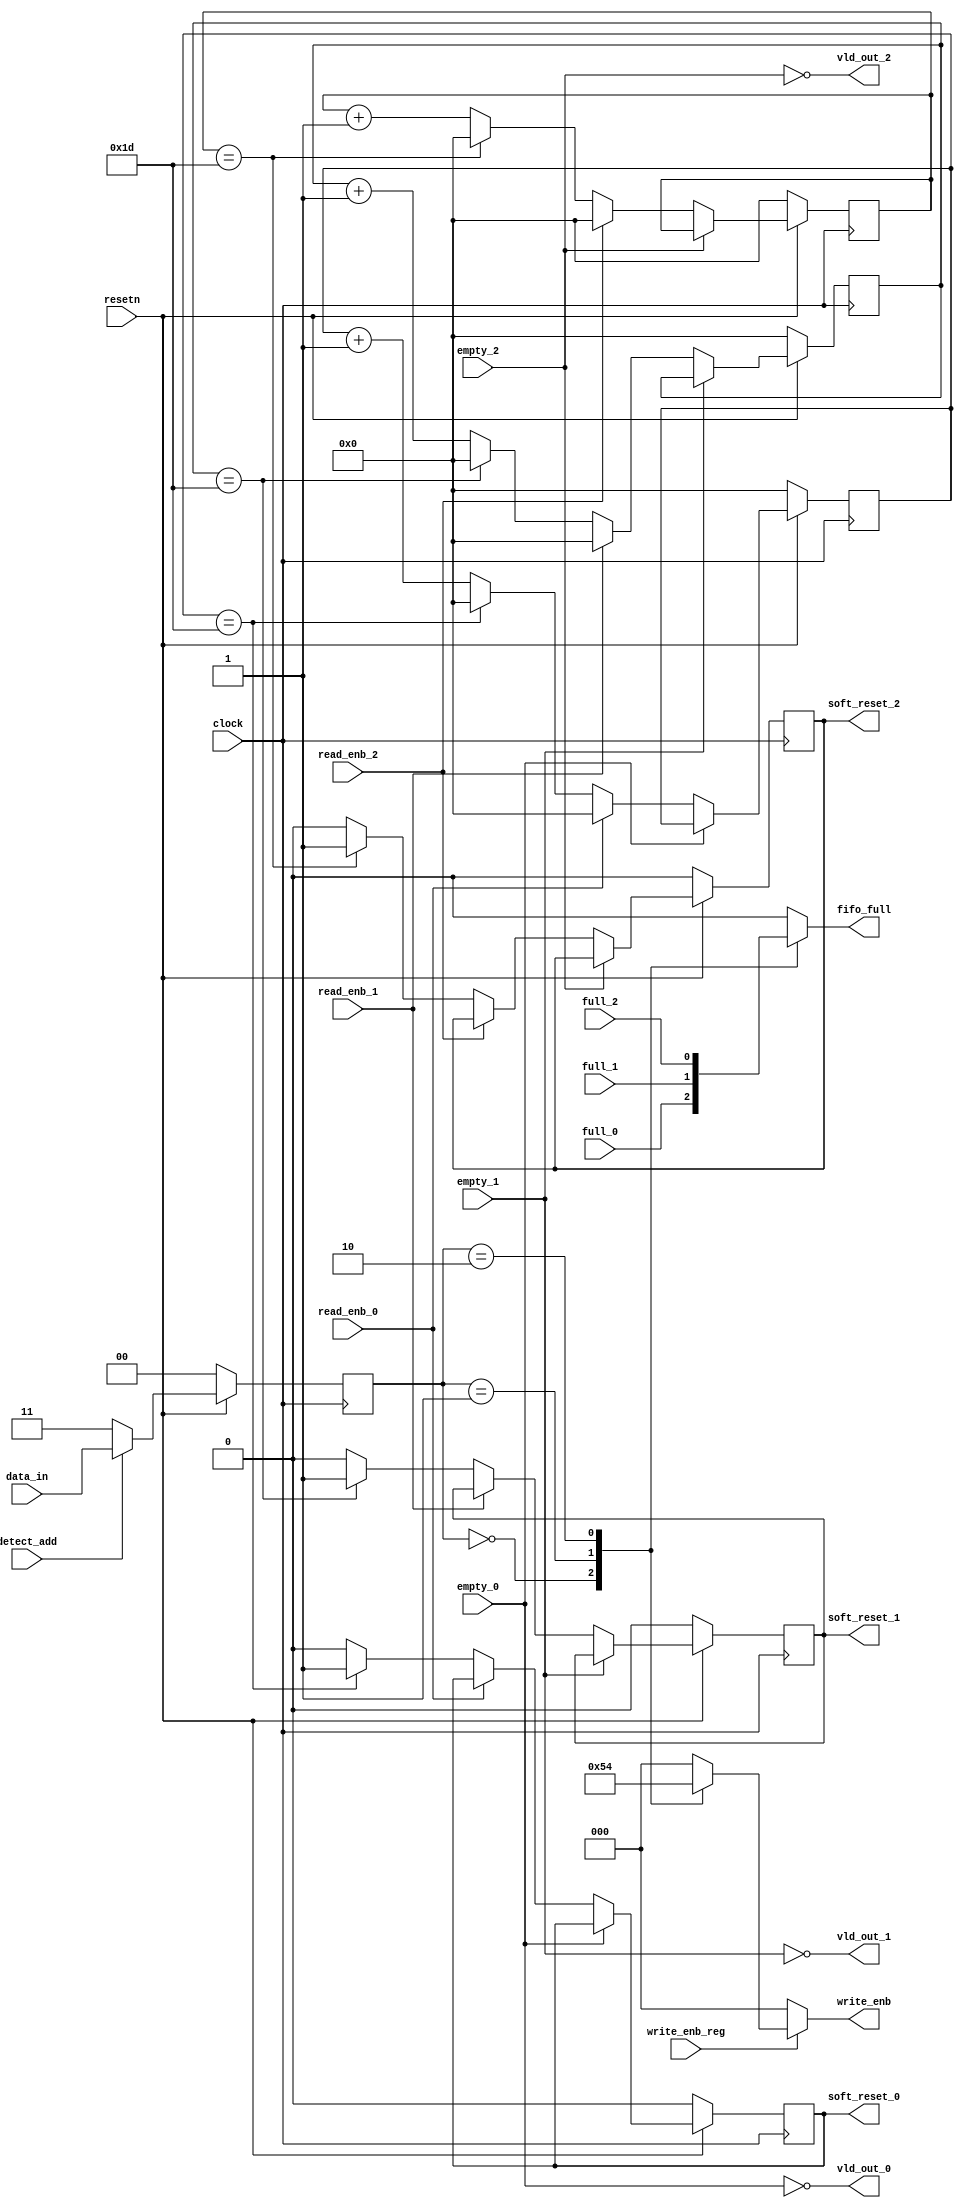
module router_sync(clock,resetn,data_in,detect_add,full_0,full_1,full_2,empty_0,empty_1,empty_2,write_enb_reg,read_enb_0,read_enb_1,read_enb_2,write_enb,fifo_full,vld_out_0,vld_out_1,vld_out_2,soft_reset_0,soft_reset_1,soft_reset_2);

input clock,resetn,detect_add,full_0,full_1,full_2,empty_0,empty_1,empty_2,write_enb_reg,read_enb_0,read_enb_1,read_enb_2;
input [1:0]data_in;
output reg[2:0]write_enb;
output reg fifo_full,soft_reset_0,soft_reset_1,soft_reset_2;
output vld_out_0,vld_out_1,vld_out_2;
reg [1:0] data_in_tmp;
reg[4:0]count0,count1,count2;

always@(posedge clock)
begin
if(~resetn)
data_in_tmp<= 2'b00;
else if(detect_add)
data_in_tmp<=data_in;
else
data_in_tmp <= 2'b11;
end

// write enable logic
always@(*)
begin
write_enb = 3'b000;
if(write_enb_reg)
begin
case(data_in_tmp)
2'b00: write_enb<=3'b001;
2'b01: write_enb<=3'b010;
2'b10: write_enb<=3'b100;
default: write_enb <=3'b000;
endcase
end
end

//-----------------------------------Valid Byte block----------------------------------

assign vld_out_0 = (~empty_0);
assign vld_out_1 = (~empty_1);
assign vld_out_2 = (~empty_2);

// fifo full logic
always@(*)
begin
case(data_in_tmp)
2'b00: fifo_full<=full_0;
2'b01: fifo_full<=full_1;
2'b10: fifo_full<=full_2;
default: fifo_full<=0;
endcase
end

//---------------------------------soft_reset_0-----------------------------------------

always@(posedge clock)
begin
if(~resetn)
begin
count0<=0;
soft_reset_0<=0;
end
else if(vld_out_0)
begin
if(~read_enb_0)
begin
if(count0==29)
begin
soft_reset_0<=1'b1;
count0<=0;
end
else
begin
soft_reset_0<=1'b0;
count0<=count0+1'b1;
end
end
else
count0<=0;
end
end

always@(posedge clock)
  begin
  
  if(~resetn)
  begin
  count1<=0;
  soft_reset_1<=0;
  end

  else if(vld_out_1)
  begin
  if(~read_enb_1)
   
    begin
    if(count1==29)
      begin
      soft_reset_1<=1'b1;
      count1<=0;
      end
    else
      begin
      soft_reset_1<=1'b0;
      count1<=count1+1'b1;
      end
    end
  else
  count1<=0;
  end
  end

always@(posedge clock)
  begin
  
  if(~resetn)
  begin
  count2<=0;
  soft_reset_2<=0;
  end

  else if(vld_out_2)
  begin
  if(~read_enb_2)
   
    begin
    if(count2==29)
      begin
      soft_reset_2<=1'b1;
      count2<=0;
      end
    else
      begin
      soft_reset_2<=1'b0;
      count2<=count2+1'b1;
      end
    end
  else
  count2<=0;
  end
  end

endmodule